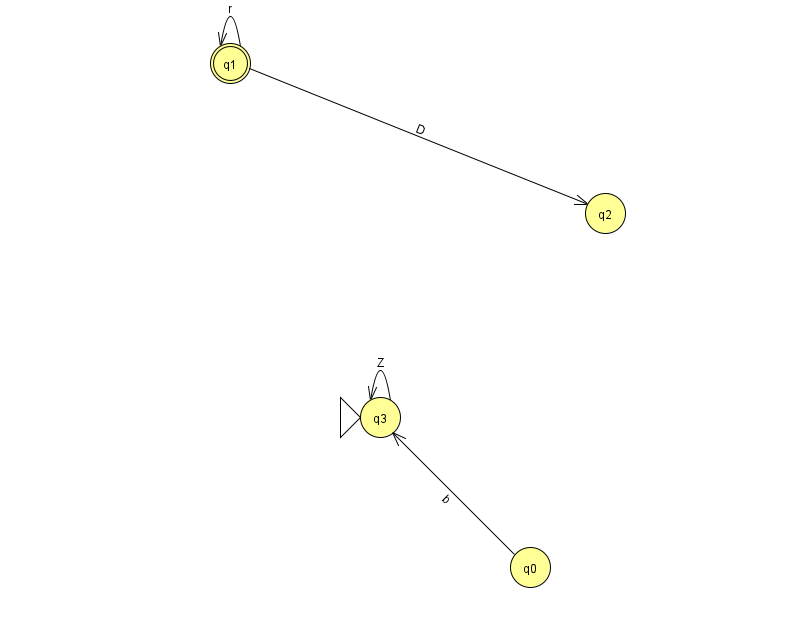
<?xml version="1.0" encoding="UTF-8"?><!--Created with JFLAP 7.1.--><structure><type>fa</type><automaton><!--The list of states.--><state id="0" name="q0"><x>530.0</x><y>554.0</y></state><state id="1" name="q1"><x>230.0</x><y>50.0</y><final/></state><state id="2" name="q2"><x>605.0</x><y>200.0</y></state><state id="3" name="q3"><x>380.0</x><y>404.0</y><initial/></state><!--The list of transitions.--><transition><from>1</from><to>1</to><read>r</read></transition><transition><from>0</from><to>3</to><read>b</read></transition><transition><from>3</from><to>3</to><read>Z</read></transition><transition><from>1</from><to>2</to><read>D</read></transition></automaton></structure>